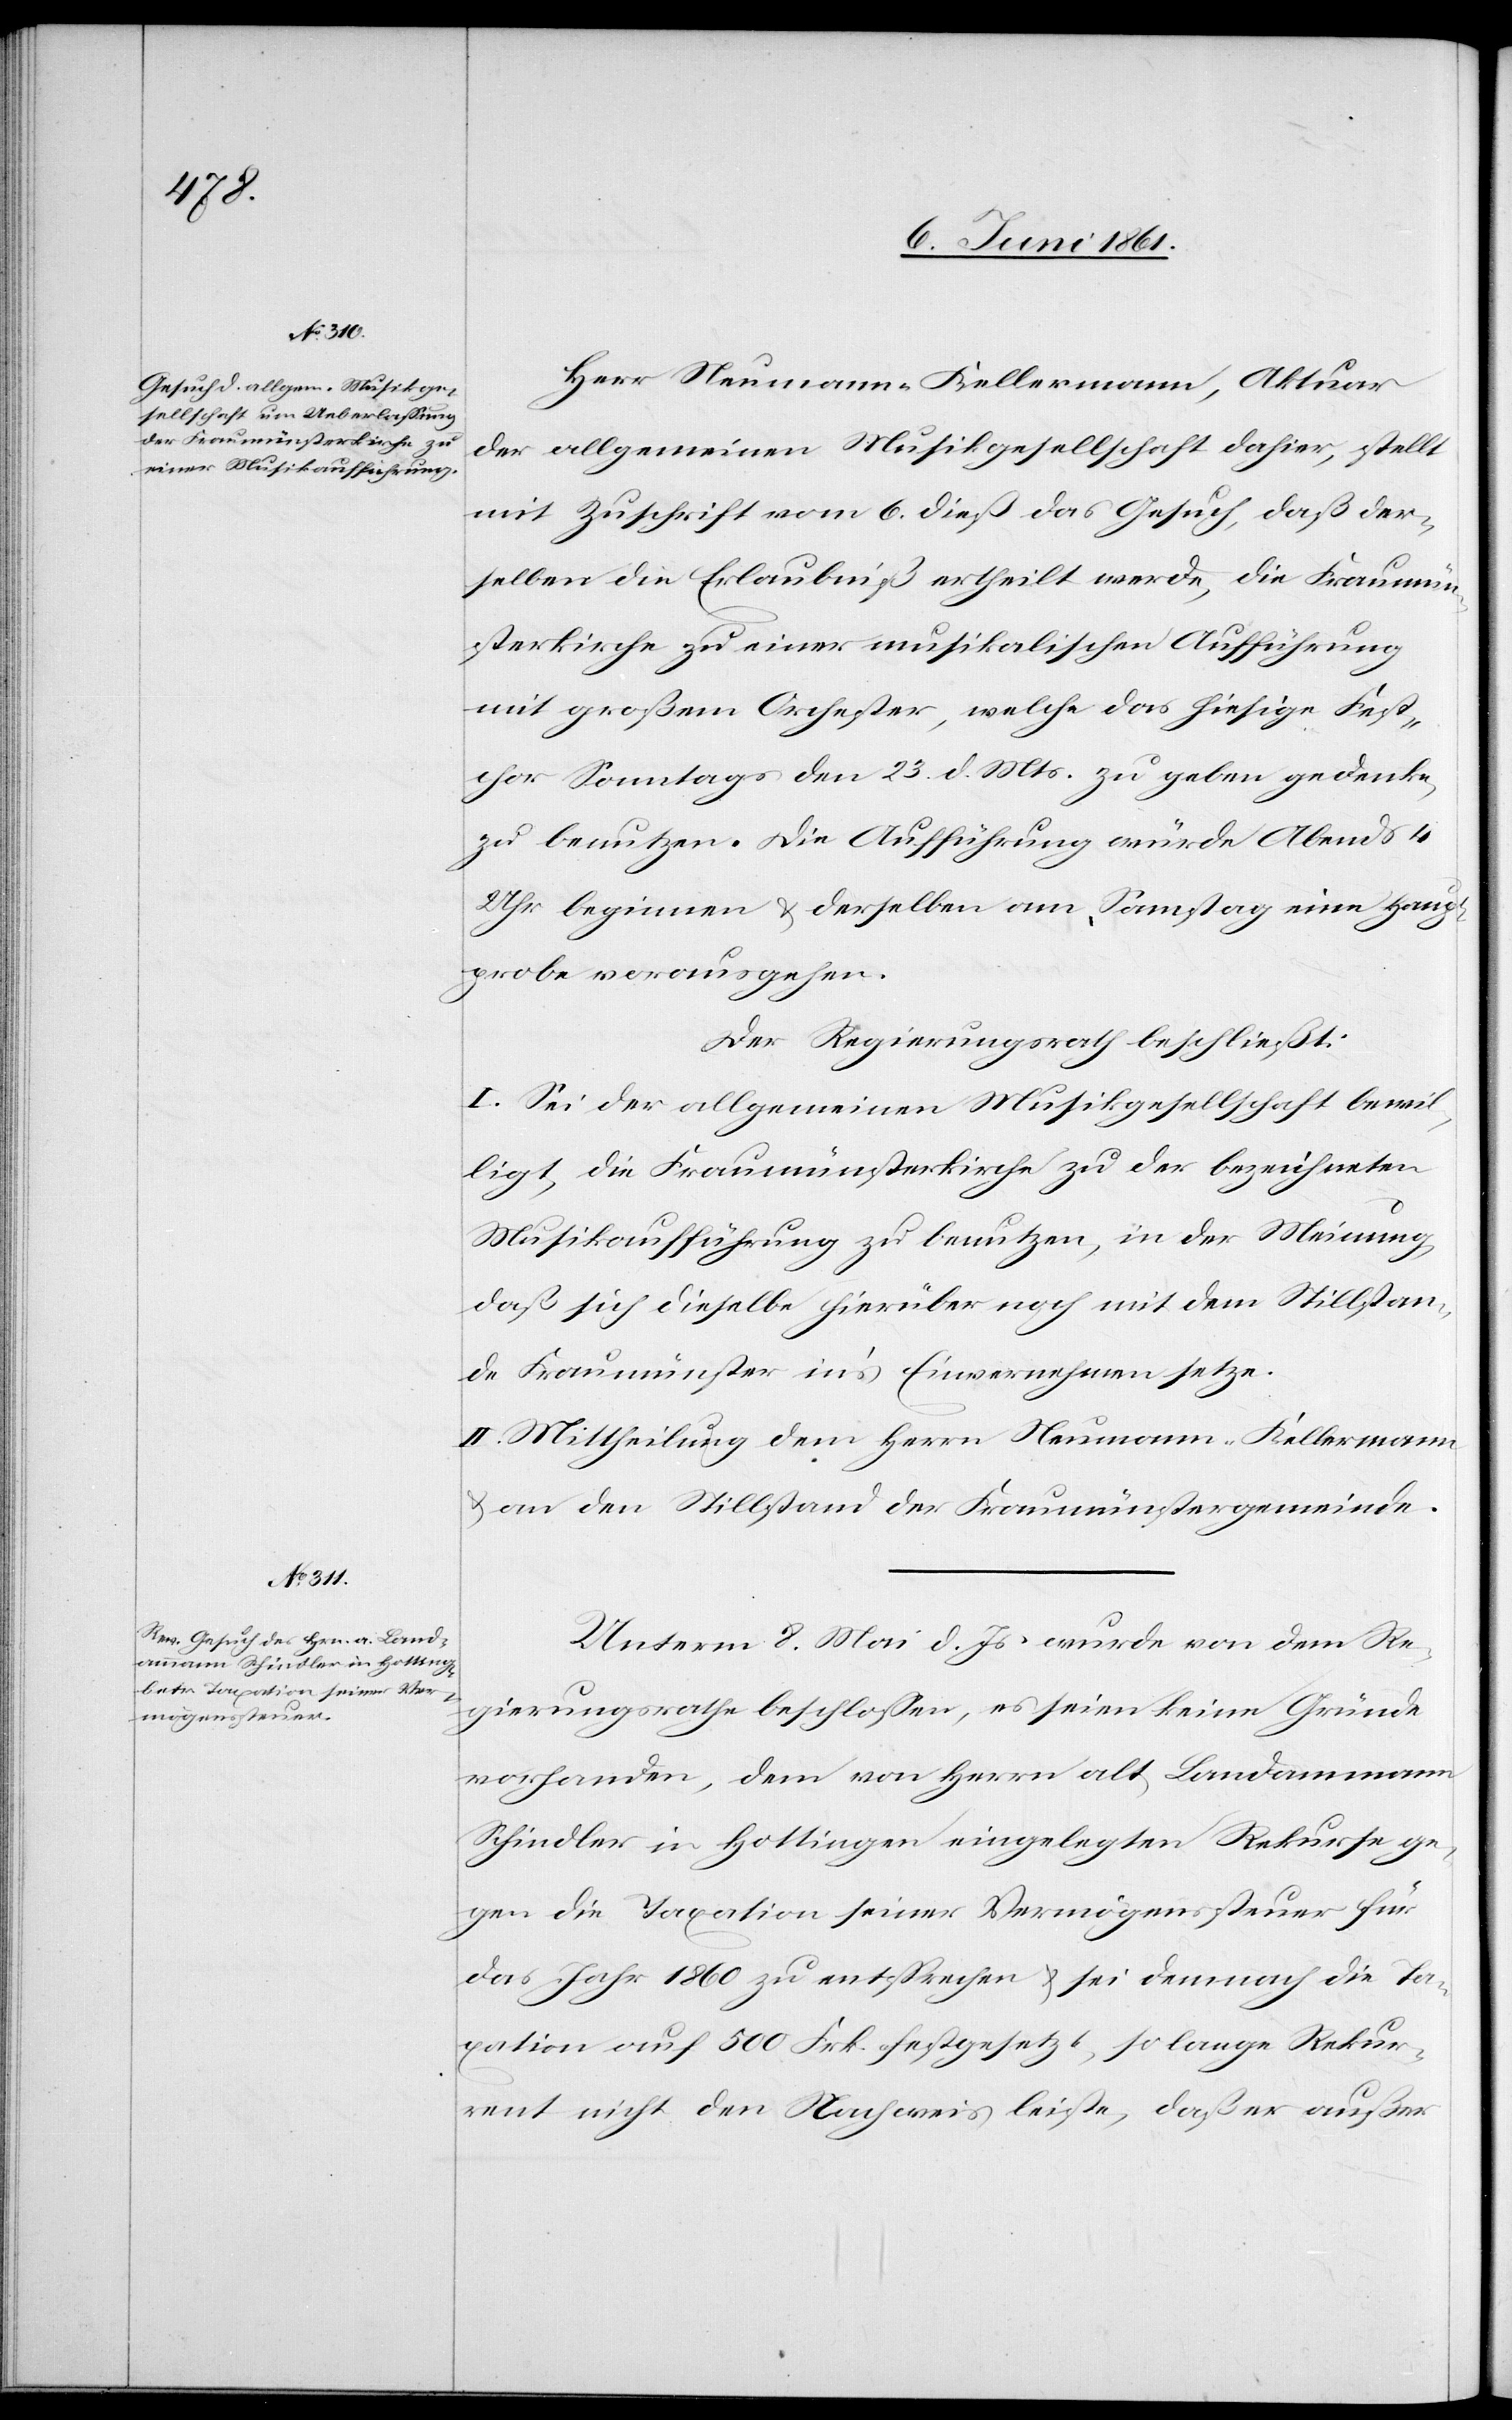
Herr Neumann-Kellermann, Aktuar
der allgemeinen Musikgesellschaft dahier, stellt
mit Zuschrift vom 6. dieß das Gesuch, daß der¬
selben die Erlaubniß ertheilt werde, die Fraumün¬
sterkirche zu einer musikalischen Aufführung
mit großem Orchester, welche das hiesige Fest¬
chor Sonntags den 23. d. Mts. zu geben gedenke
zu benutzen. Die Aufführung würde Abends 4
Uhr beginnen u. derselben am Samstag eine Haupt¬
probe vorausgehen.
Der Regierungsrath beschließt:
I. Sei der allgemeinen Musikgesellschaft bewil¬
ligt, die Fraumünsterkirche zu der bezeichneten
Musikaufführung zu benutzen, in der Meinung,
daß sich dieselbe hierüber noch mit dem Stillstan¬
de Fraumünster in’s Einvernehmen setze.
II. Mittheilung dem Herrn Neumann-Kellermann
u. an den Stillstand der Fraumünstergemeinde.
Unterm 8. Mai d. Js. wurde von dem Re¬
gierungsrathe beschlossen, es seien keine Gründe
vorhanden, dem von Herrn alt Landammann
Schindler in Hottingen eingelegten Rekurse ge¬
gen die Taxation seiner Vermögenssteuer für
das Jahr 1860 zu entsprechen u. sei demnach die Ta¬
xation auf 500 Frk. festgesetzt, so lange Rekur¬
rent nicht den Nachweis leiste, daß er außer